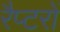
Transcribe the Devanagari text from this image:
रैप्टरों